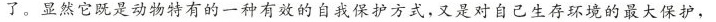
了。显然它既是动物特有的一种有效的自我保护方式，又是对自己生存环境的最大保护，